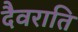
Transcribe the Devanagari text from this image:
दैवराति